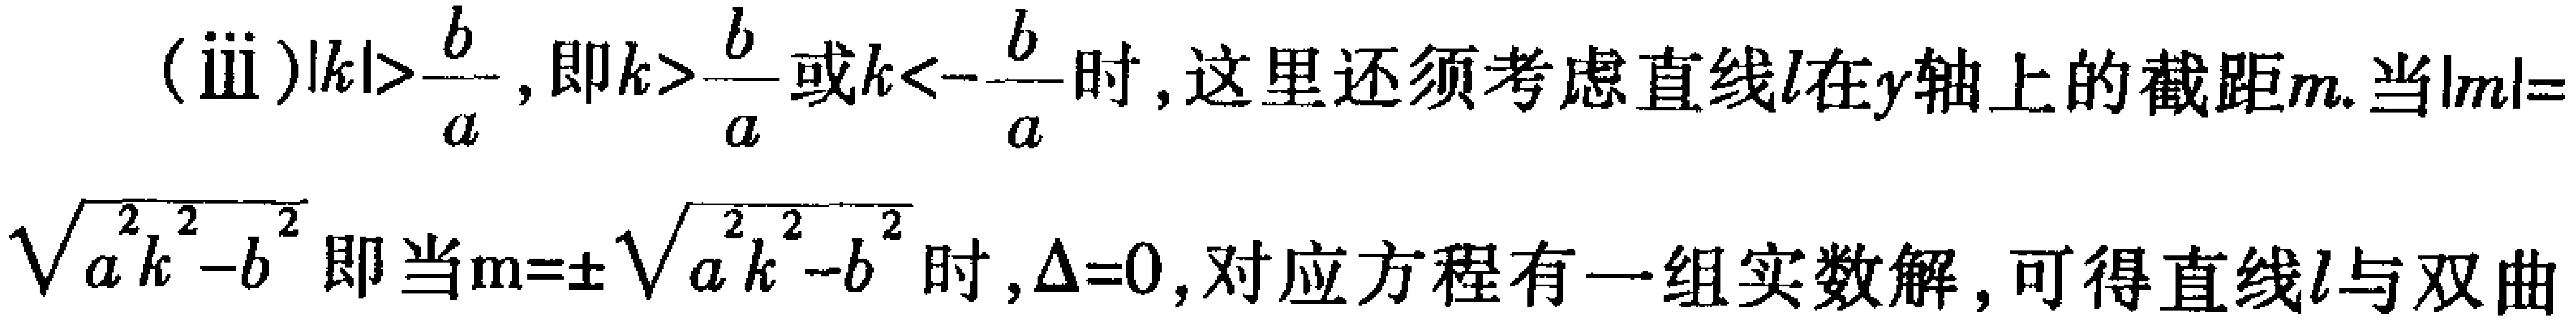
(iii)$|k|>\frac{b}{a}$, 即$k>\frac{b}{a}$或$k<-\frac{b}{a}$时, 这里还须考虑直线$l$在$y$轴上的截距$m$. 当$|m|=$
$\sqrt{a^{2}k^{2}-b^{2}}$即当$m = \pm\sqrt{a^{2}k^{2}-b^{2}}$时,$\Delta = 0$, 对应方程有一组实数解, 可得直线$l$与双曲